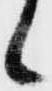
候